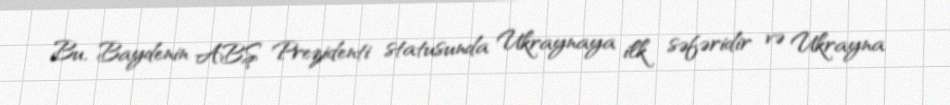
Bu, Baydenin ABŞ Prezidenti statusunda Ukraynaya ilk səfəridir və Ukrayna